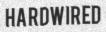
HARDWIRED